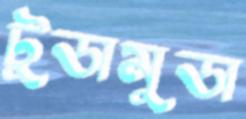
টুডামুডা